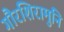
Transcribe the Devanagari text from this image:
गौरशिरामुनि